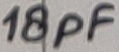
Text: 18pF